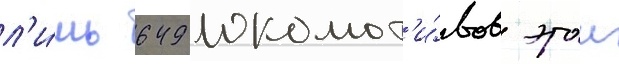
л'и́шь 649 локомот'и́вов этои